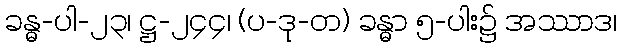
ခန္ဓ-ပါ-၂၃၊ ဋ္ဌ-၂၄၄၊ (ပ-ဒု-တ) ခန္ဓာ ၅-ပါး၌ အဿာဒ၊